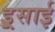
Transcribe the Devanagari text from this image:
इ्र्रसाई